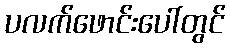
ပလက်ဖောင်းပေါ်တွင်